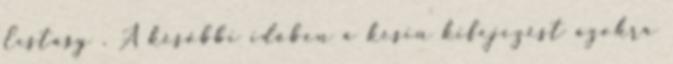
Ecstasy . A későbbi időben a kesin kifejezést azokra